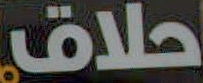
حلاق